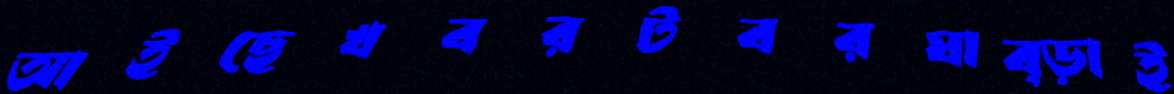
আইছেখবরটবরঘাব্‌ড়াই